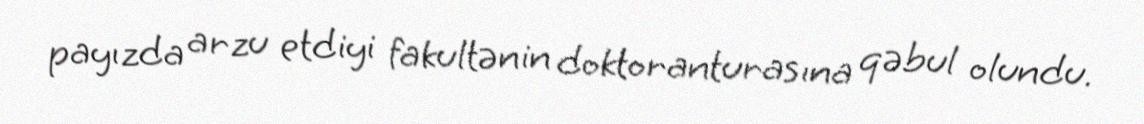
payızda arzu etdiyi fakultənin doktoranturasına qəbul olundu.